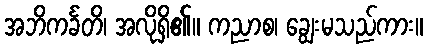
အဘိကင်္ခတိ၊ အလိုရှိ၏။ ကညာစ၊ ချွေးမသည်ကား။